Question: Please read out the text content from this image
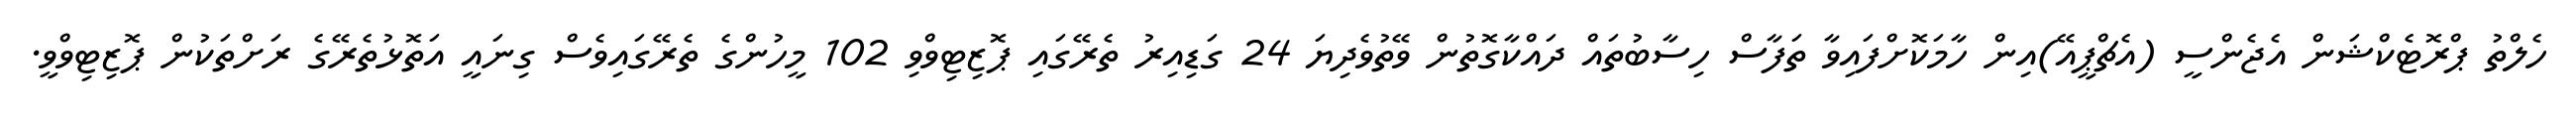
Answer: ހެލްތު ޕްރޮޓެކްޝަން އެޖެންސީ (އެޗްޕީއޭ)އިން ހާމަކޮށްފައިވާ ތަފާސް ހިސާބުތައް ދައްކާގޮތުން ވޭތުވެދިޔަ 24 ގަޑިއިރު ތެރޭގައި ޕޮޒިޓިވްވި 102 މީހުންގެ ތެރޭގައިވެސް ގިނައީ އަތޮޅުތެރޭގެ ރަށްތަކުން ޕޮޒިޓިވްވީ.